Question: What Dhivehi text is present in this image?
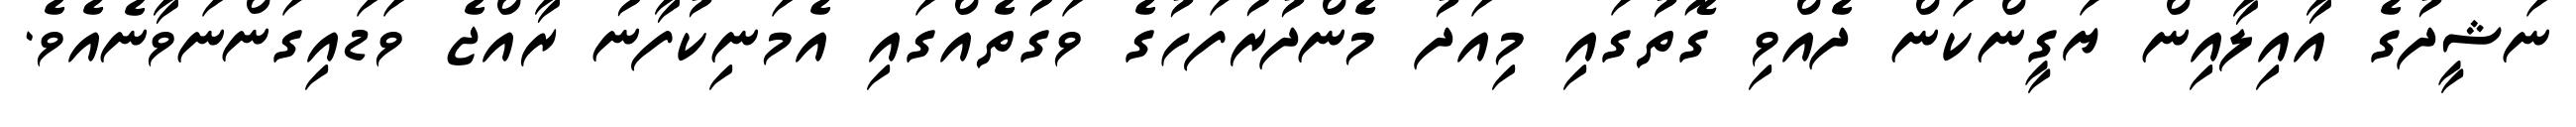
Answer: ނަޝީދުގެ އާއިލާއިން ޔަގީންކަން ދެއްވި ގޮތުގައި މިއަދު މެންދުރުފަހުގެ ވަގުތެއްގައި އެމަނިކުފާނު ރާއްޖެ ވަޑައިގަންނަވާނެއެވެ.